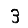
Digit: 3